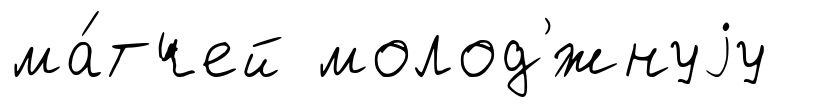
ма́тчей молод'́жнуjу